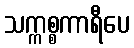
သက္ကစ္စကာရီပေ